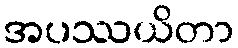
အပဿယိတာ